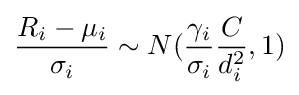
{\frac {R_{i}-\mu _{i}}{\sigma _{i}}}\sim N({\frac {\gamma _{i}}{\sigma _{i}}}{\frac {C}{d_{i}^{2}}},1)